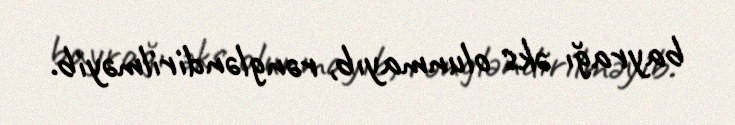
bayrağı əks olunmayıb, rəngləndirilməyib.